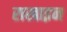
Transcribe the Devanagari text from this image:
राखाइन